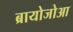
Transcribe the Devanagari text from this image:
ब्रायोजोआ